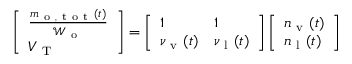
\begin{array} { r } { \left[ \begin{array} { l } { \frac { m _ { \mathrm { ~ o ~ , ~ t ~ o ~ t ~ } } ( t ) } { \mathcal { W } _ { \mathrm { ~ o ~ } } } } \\ { V _ { \mathrm { ~ T ~ } } } \end{array} \right] = \left[ \begin{array} { l l } { 1 } & { 1 } \\ { \nu _ { \mathrm { ~ v ~ } } ( t ) } & { \nu _ { \mathrm { ~ l ~ } } ( t ) } \end{array} \right] \left[ \begin{array} { l } { n _ { \mathrm { ~ v ~ } } ( t ) } \\ { n _ { \mathrm { ~ l ~ } } ( t ) } \end{array} \right] } \end{array}